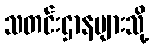
သတင်းဌာနများသို့